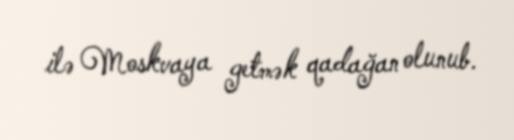
ilə Moskvaya getmək qadağan olunub.